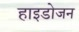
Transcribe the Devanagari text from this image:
हाइडोजन